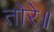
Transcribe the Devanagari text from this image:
तोरे॥